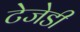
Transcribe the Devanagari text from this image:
टेजेडी